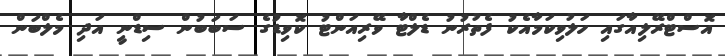
އޮސްޓްރޭލިއާގައި ހަލުވިކަމާއެކު ފެތުރުނު ޑެލްޓާ ވޭރިއަންޓު ކޮވިޑުގެ ސަބަބުން ސިޑްނީ އަދި މެލްބަން